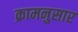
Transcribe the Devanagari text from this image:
क्रामनुसार